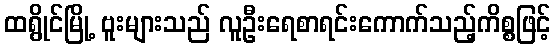
ထရွိုင်မြို့ ဗူးများသည် လူဦးရေစာရင်းကောက်သည့်ကိစ္စဖြင့်